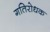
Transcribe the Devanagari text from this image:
गतिरोधक